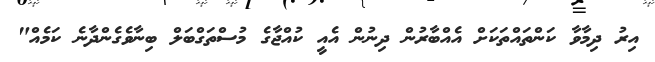
އިރު ދިމާވާ ކަންތައްތަކަށް އެއްބާރުން ދިނުން އެއީ ކުއްޖާގެ މުސްތަގްބަލް ބިނާވެގެންދާނެ ކަމެއް"